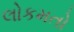
લોકમતો